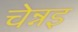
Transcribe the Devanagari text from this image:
चेन्नइ